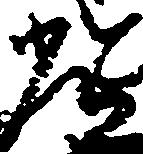
常